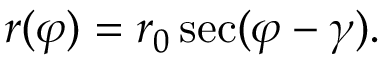
r ( \varphi ) = r _ { 0 } \sec ( \varphi - \gamma ) .